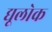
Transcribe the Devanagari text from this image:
द्यूलोक